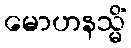
မောဟနသ္မိံ